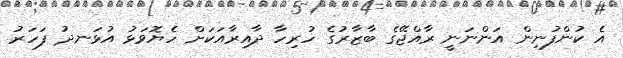
އެ ކުންފުނިން އަންނަނީ ރާއްޖޭގެ ބާޒާރުގެ ހުރިހާ ދާއިރާއަކަށް ހެޔޮވަޅު އުޅަނދު ފަހަރު